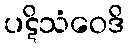
ပဋိသံဝေဒိ